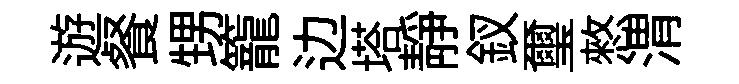
遊餐甥籠边塔静釵璽憗渭